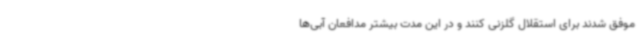
موفق شدند برای استقلال گلزنی کنند و در این مدت بیشتر مدافعان آبی‌ها